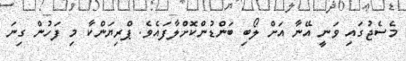
މެސެޖުގައި ވަނީ އޭނާ އަށް ލޯބި ބަންޑުންކޮށްލާފައެވެ. ޕްރިޔަންކާ މި ފަހުން ގިނަ